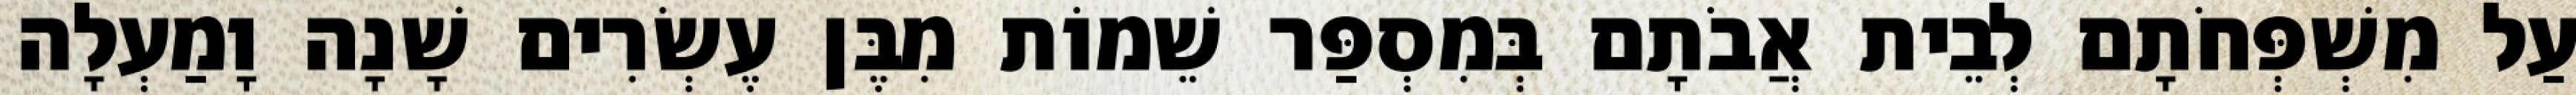
עַל מִשְׁפְּחֹתָם לְבֵית אֲבֹתָם בְּמִסְפַּר שֵׁמוֹת מִבֶּן עֶשְׂרִים שָׁנָה וָמַעְלָה